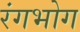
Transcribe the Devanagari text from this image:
रंगभोग